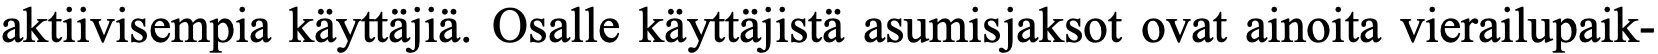
aktiivisempia käyttäjiä. Osalle käyttäjistä asumisjaksot ovat ainoita vierailupaik-